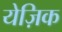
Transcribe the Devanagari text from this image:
येज़िक